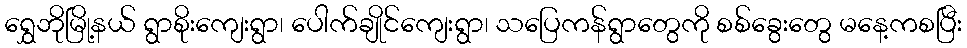
ရွှေဘိုမြို့နယ် ရွာစိုးကျေးရွာ၊ ပေါက်ချိုင်ကျေးရွာ၊ သပြေကန်ရွာတွေကို စစ်ခွေးတွေ မနေ့ကစပြီး